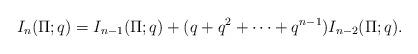
LaTeX: \begin{align*}I_n(\Pi;q) = I_{n-1}(\Pi;q) + (q + q^2 + \cdots + q^{n-1})I_{n-2}(\Pi;q).\end{align*}